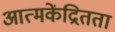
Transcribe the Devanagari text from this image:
आत्मकेंद्रितता